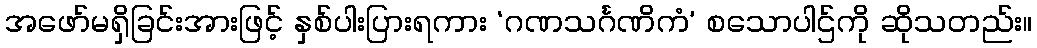
အဖော်မရှိခြင်းအားဖြင့် နှစ်ပါးပြားရကား ‘ဂဏသင်္ဂဏိကံ’ စသောပါဌ်ကို ဆိုသတည်း။